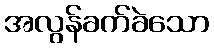
အလွန်ခက်ခဲသော